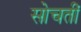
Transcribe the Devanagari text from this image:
सोचतीं